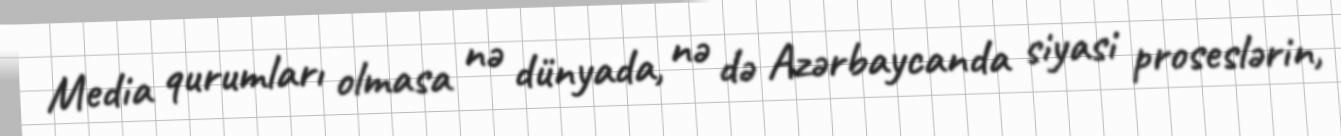
Media qurumları olmasa nə dünyada, nə də Azərbaycanda siyasi proseslərin,